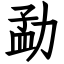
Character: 勐